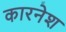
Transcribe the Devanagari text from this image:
कारनेश